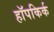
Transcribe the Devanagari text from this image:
हॉपकिर्क